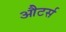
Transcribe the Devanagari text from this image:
औटर्स